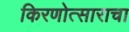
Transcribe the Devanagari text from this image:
किरणोत्साराचा